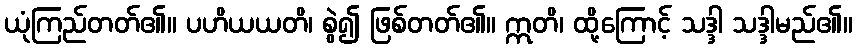
ယုံကြည်တတ်၏။ ပဟိယယတိ၊ စွဲ၍ ဖြစ်တတ်၏။ ဣတိ၊ ထို့ကြောင့် သဒ္ဒါ သဒ္ဒါမည်၏။